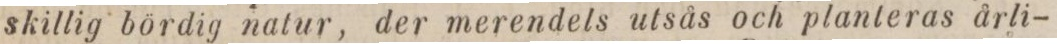
skillig bördig natur, der merendels utsås och planteras årli-